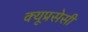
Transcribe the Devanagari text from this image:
क्यूप्रसेसी